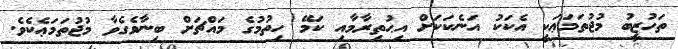
ތަހުޒީބު މުޖުތަމަޢަކީ އެކަކު އަނެކަކަށް އިޙުތިރާމާއި ކަމޭ ހިތުމުގެ މައްޗަށް ބިނާވެގެވާ މުޖުތަމަޢެކެވެ.